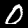
Label: 0